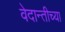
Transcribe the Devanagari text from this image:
वेदान्तीच्या